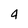
Character: 4